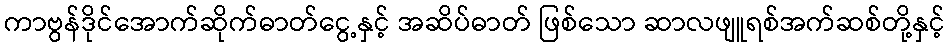
ကာဗွန်ဒိုင်အောက်ဆိုက်ဓာတ်ငွေ့နှင့် အဆိပ်ဓာတ် ဖြစ်သော ဆာလဖျူရစ်အက်ဆစ်တို့နှင့်